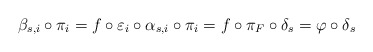
\begin{align*}\beta_{s,i}\circ\pi_i=f\circ\varepsilon_i \circ \alpha_{s,i}\circ\pi_i=f\circ \pi_F\circ\delta_s =\varphi \circ\delta_s\end{align*}